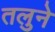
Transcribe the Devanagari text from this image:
तलुने